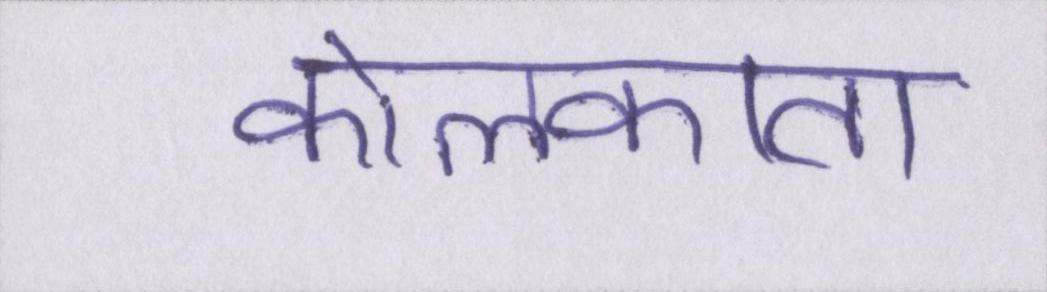
कोलकाता